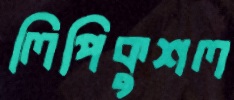
লিপিকুশল